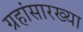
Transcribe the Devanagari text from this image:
ग्रहांसारख्या